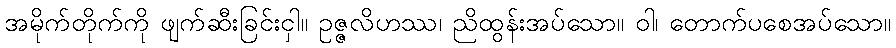
အမိုက်တိုက်ကို ဖျက်ဆီးခြင်းငှါ။ ဥဇ္ဇလိဟဿ၊ ညိထွန်းအပ်သော။ ဝါ၊ တောက်ပစေအပ်သော။